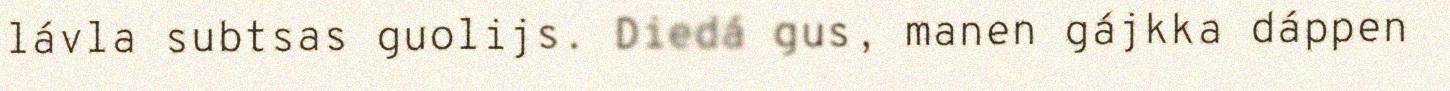
lávla subtsas guolijs. Diedá gus, manen gájkka dáppen